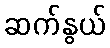
ဆက်နွယ်